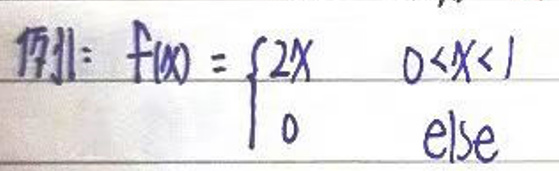
条件：\(f(x)=\begin{cases}2x & 0<x<1 \\ 0 & \text{else} \end{cases}\)